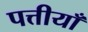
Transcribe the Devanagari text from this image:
पत्तीयाँ